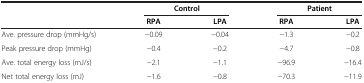
<table><thead><tr><td><b> </b></td><td colspan="2"><b>Control</b></td><td colspan="2"><b>Patient</b></td></tr><tr><td><b> </b></td><td><b>RPA</b></td><td><b>LPA</b></td><td><b>RPA</b></td><td><b>LPA</b></td></tr></thead><tbody><tr><td>Ave. pressure drop (mmHg/s)</td><td>−0.09</td><td>−0.04</td><td>−1.3</td><td>−0.2</td></tr><tr><td>Peak pressure drop (mmHg)</td><td>−0.4</td><td>−0.2</td><td>−4.7</td><td>−0.8</td></tr><tr><td>Ave. total energy loss (mJ/s)</td><td>−2.1</td><td>−1.1</td><td>−96.9</td><td>−16.4</td></tr><tr><td>Net total energy loss (mJ)</td><td>−1.6</td><td>−0.8</td><td>−70.3</td><td>−11.9</td></tr></tbody></table>